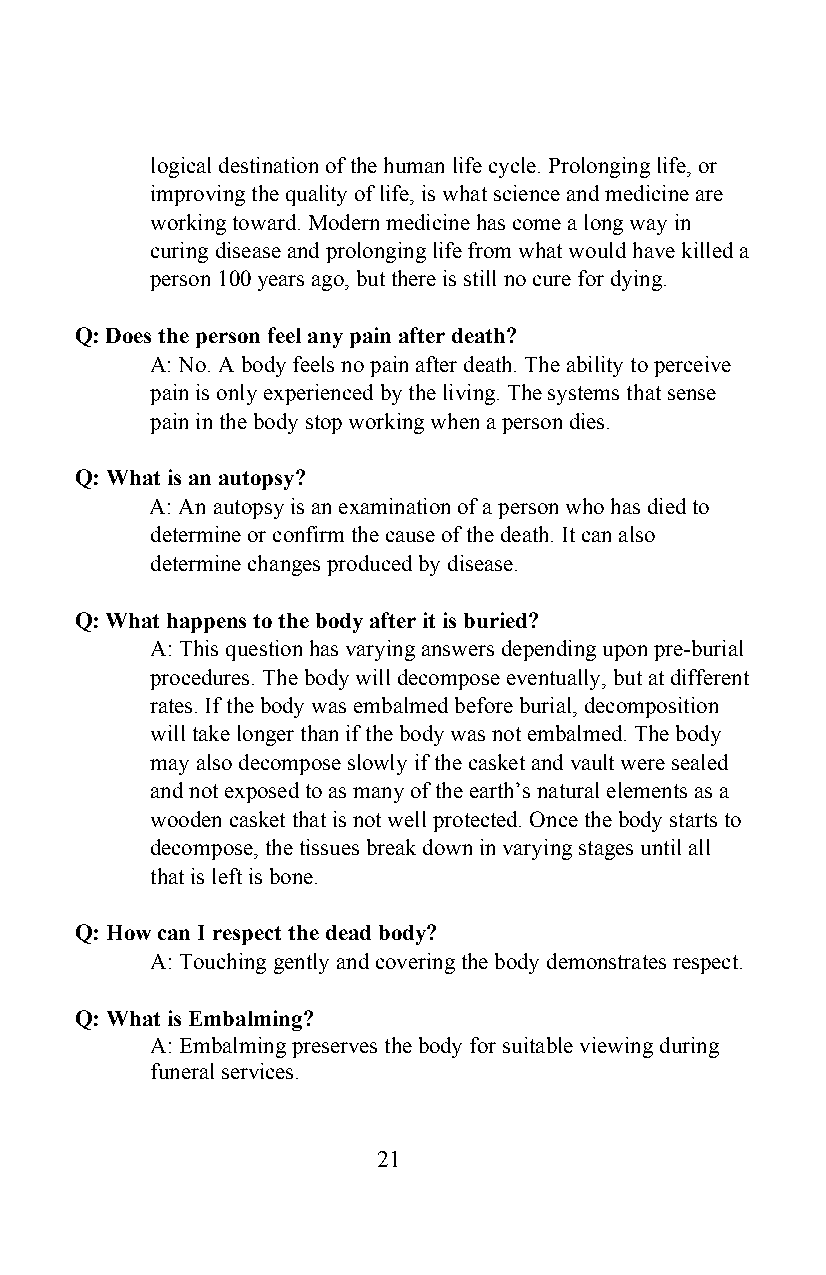
logical destination of the human life cycle. Prolonging life, or
 improving the quality of life, is what science and medicine are
 working toward. Modern medicine has come a long way in
 curing disease and prolonging life from what would have killed a
 person 100 years ago, but there is still no cure for dying.
 Q: Does the person feel any pain after death?
 A: No. A body feels no pain after death. The ability to perceive
 pain is only experienced by the living. The systems that sense
 pain in the body stop working when a person dies.
 Q: What is an autopsy?
 A: An autopsy is an examination of a person who has died to
 determine or confirm the cause of the death. It can also
 determine changes produced by disease.
 Q: What happens to the body after it is buried?
 A: This question has varying answers depending upon pre-burial
 procedures. The body will decompose eventually, but at different
 rates. If the body was embalmed before burial, decomposition
 will take longer than if the body was not embalmed. The body
 may also decompose slowly if the casket and vault were sealed
 and not exposed to as many of the earth’s natural elements as a
 wooden casket that is not well protected. Once the body starts to
 decompose, the tissues break down in varying stages until all
 that is left is bone.
 Q: How can I respect the dead body?
 A: Touching gently and covering the body demonstrates respect.
 Q: What is Embalming?
 A: Embalming preserves the body for suitable viewing during
 funeral services.
 21